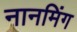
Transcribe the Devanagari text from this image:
नानमिंग